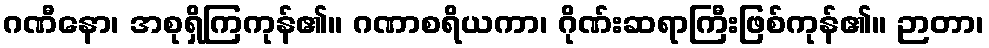
ဂဏီနော၊ အစုရှိကြကုန်၏။ ဂဏာစရိယကာ၊ ဂိုဏ်းဆရာကြီးဖြစ်ကုန်၏။ ဉာတာ၊